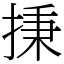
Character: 㨀